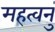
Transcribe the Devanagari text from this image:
महत्वनुं